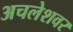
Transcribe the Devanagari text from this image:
अचलेशवर